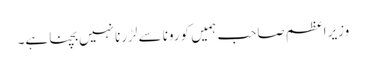
وزیر اعظم صاحب ہمیں کورونا سے لڑرنا نہیں بچنا ہے۔